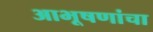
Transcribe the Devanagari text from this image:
आभूषणांचा